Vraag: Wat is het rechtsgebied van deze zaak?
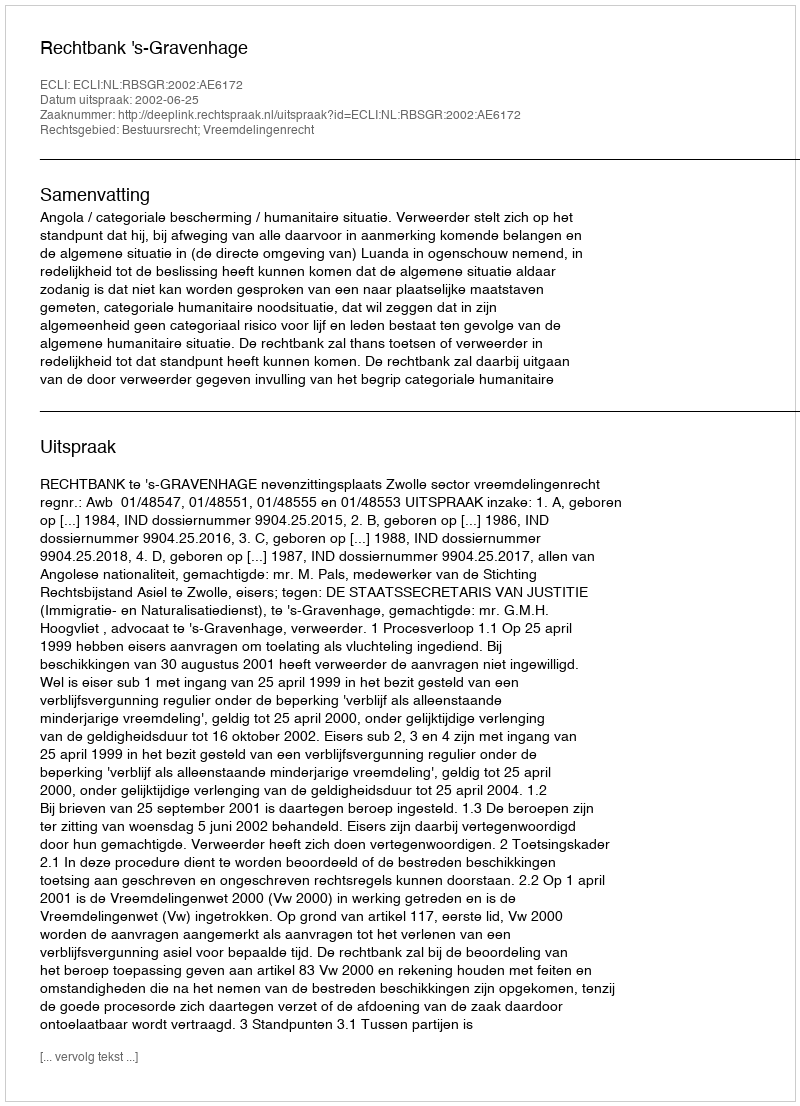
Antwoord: Bestuursrecht; Vreemdelingenrecht